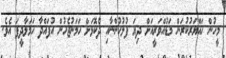
މީހުން ހައްޔަރުކުރަން މަޑުއްވަރީއަށް ދިޔަ ފުލުހުންނާއި ދެކޮޅަށް ހަމަނުޖެހުން އުފައްދާ ހަމަލާދީފަ އެވެ.